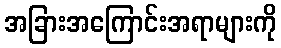
အခြားအကြောင်းအရာများကို